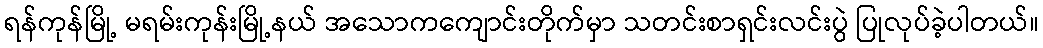
ရန်ကုန်မြို့ မရမ်းကုန်းမြို့နယ် အသောကကျောင်းတိုက်မှာ သတင်းစာရှင်းလင်းပွဲ ပြုလုပ်ခဲ့ပါတယ်။